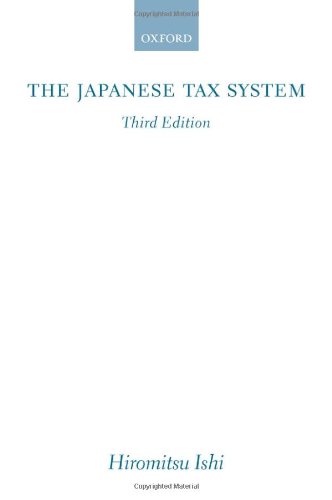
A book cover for The Japanese Tax System; Hiromitsu Ishi; Law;